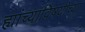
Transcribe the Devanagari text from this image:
ह्यांच्याविषयीच्या